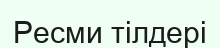
Ресми тілдері